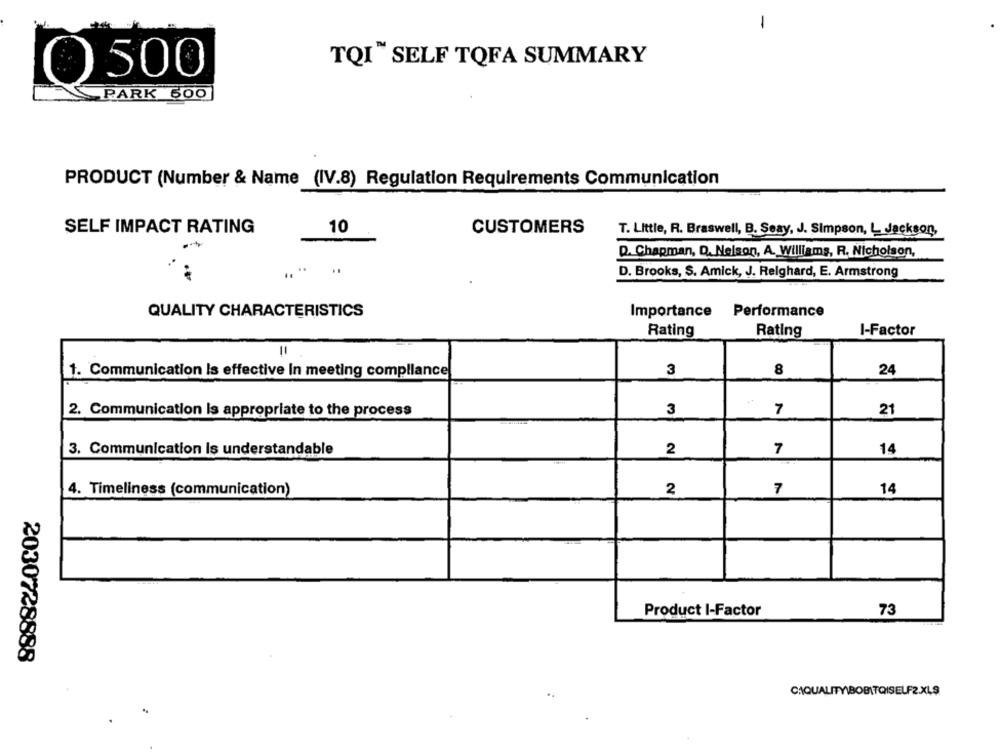
-
TQI" SELF TQFA SUMMARY
0 500
PARK 500
PRODUCT (Number & Name (IV.8) Regulation Requirements Communication
SELF IMPACT RATING
10
CUSTOMERS
T. Little, R. Braswell, B. Seay, J. Simpson, L Jackson,
Q. Chapman, D. Nelson, A. Williams, R. Nicholson,
.. ..
D. Brooks, S. Amick, J. Relghard, E. Armstrong
QUALITY CHARACTERISTICS
Importance Performance
Rating
I-Factor
Rating
11
1. Communication Is effective In meeting compliance
3
8
24
2. Communication Is appropriate to the process
3
7
21
3. Communication Is understandable
2
7
14
4. Timeliness (communication)
2
7
14
73
Product I-Factor
2030728888
CAQUALITYBOBITQISELF2.XLS